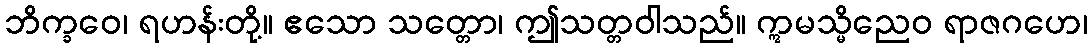
ဘိက္ခဝေ၊ ရဟန်းတို့။ ဧသော သတ္တော၊ ဤသတ္တဝါသည်။ ဣမသ္မိညေဝ ရာဇဂဟေ၊